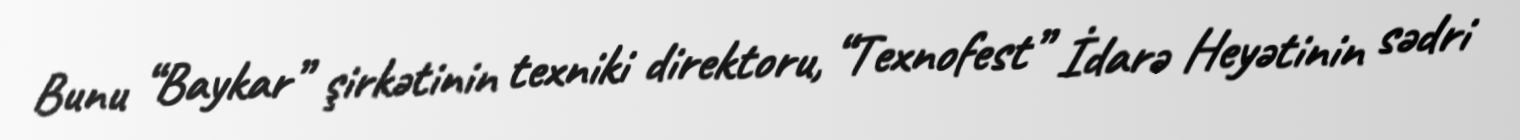
Bunu “Baykar” şirkətinin texniki direktoru, “Texnofest” İdarə Heyətinin sədri